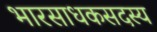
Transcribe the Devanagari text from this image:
भारसाधकसदस्य